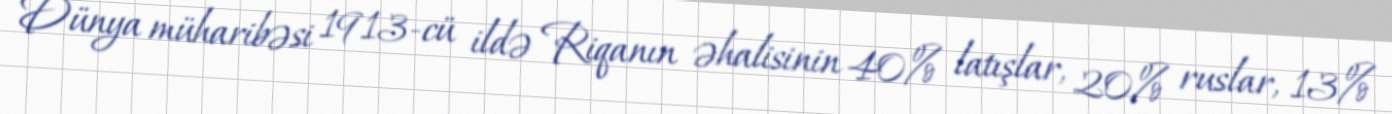
Dünya müharibəsi 1913-cü ildə Riqanın əhalisinin 40% latışlar, 20% ruslar, 13%